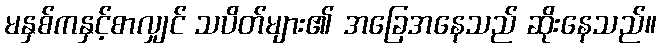
မနှစ်ကနှင့်စာလျှင် သပိတ်များ၏ အခြေအနေသည် ဆိုးနေသည်။